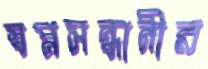
স্বপ্নসন্ধানীর